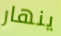
ينهار